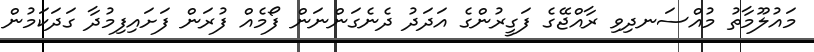
މައުލޫމާތު މުއްސަނދިވި ރާއްޖޭގެ ފަގީރުންގެ އަދަދު ދެނެގަންނަން ފޯމެއް ފުރަން ފަށައިފިމުދާ ގަދަކަމުން